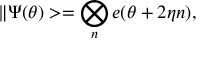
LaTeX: \| \Psi ( \theta ) > = \bigotimes _ { n } e ( \theta + 2 \eta n ) ,